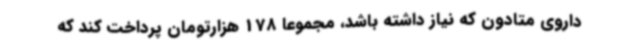
داروی متادون که نیاز داشته باشد، مجموعا 178 هزارتومان پرداخت کند که